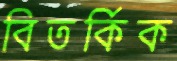
বিতর্কিক